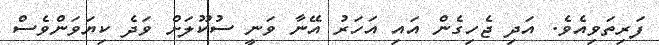
ފަރިތަވިއެވެ. އަދި ޖެހިގެން އައި އަހަރު އޭނާ ވަނީ ސުކޫލަށް ވަދެ ކިޔަވަންވެސް